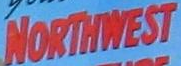
NORTHWEST